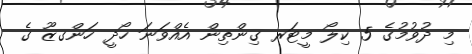
މި ދުވުމުގެ 5 ކިލޯ މީޓަރ ގިންތިން އެއްވަނަ ހޯދީ ހަންގޒޫ ގެ